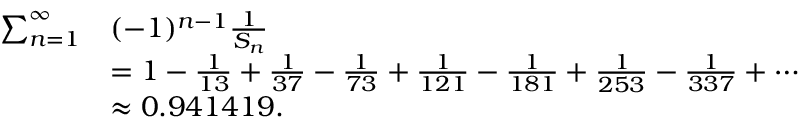
{ \begin{array} { r l } { \sum _ { n = 1 } ^ { \infty } } & { ( - 1 ) ^ { n - 1 } { \frac { 1 } { S _ { n } } } } \\ & { = 1 - { \frac { 1 } { 1 3 } } + { \frac { 1 } { 3 7 } } - { \frac { 1 } { 7 3 } } + { \frac { 1 } { 1 2 1 } } - { \frac { 1 } { 1 8 1 } } + { \frac { 1 } { 2 5 3 } } - { \frac { 1 } { 3 3 7 } } + \cdots } \\ & { \approx 0 . 9 4 1 4 1 9 . } \end{array} }